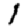
Digit: 1